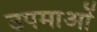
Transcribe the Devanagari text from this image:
उपमाआें